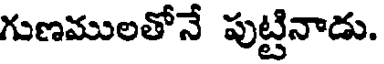
గుణములతోనే పుట్టినాడు.